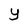
Character: y